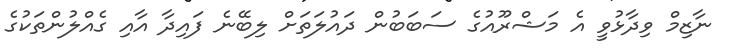
ނާޒިމް ވިދާޅުވީ އެ މަޝްރޫއުގެ ސަބަބުން ދައުލަތަށް ލިބޭނެ ފައިދާ އާއި ގެއްލުންތަކުގެ